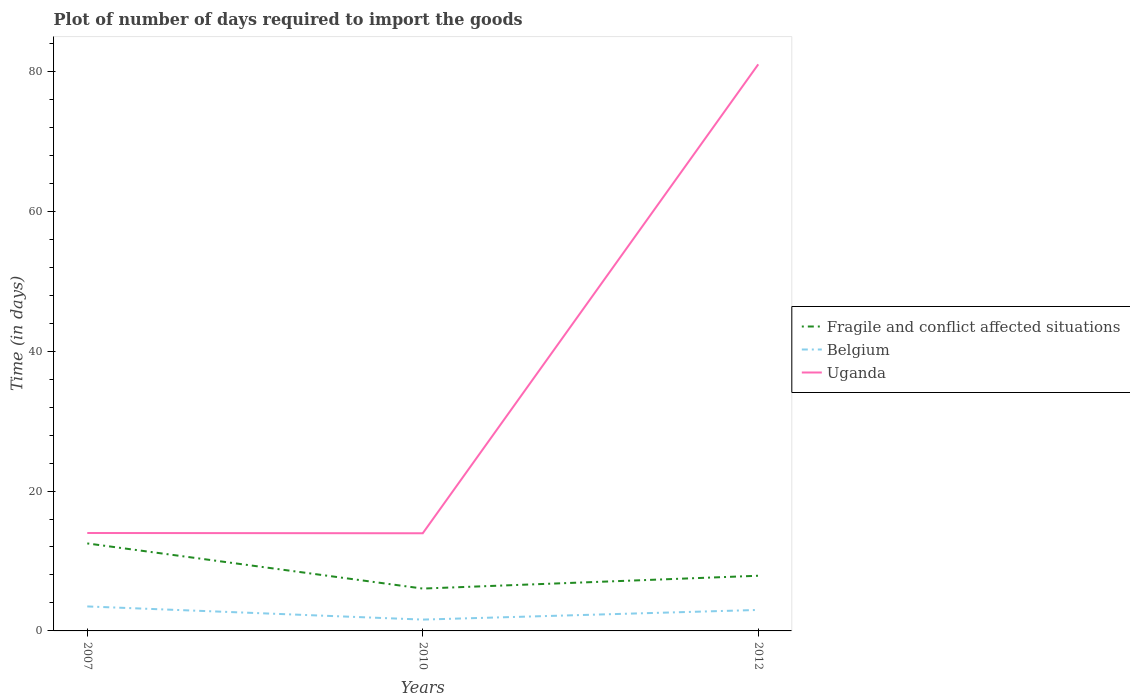
| Years | Fragile and conflict affected situations | Belgium | Uganda |
 | --- | --- | --- | --- |
 | 2007 | 12.5 | 3.5 | 14 |
 | 2010 | 6.05 | 1.62 | 14 |
 | 2012 | 7.89 | 3 | 81 |